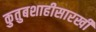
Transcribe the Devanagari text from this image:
कुतुबशाहीसारखी